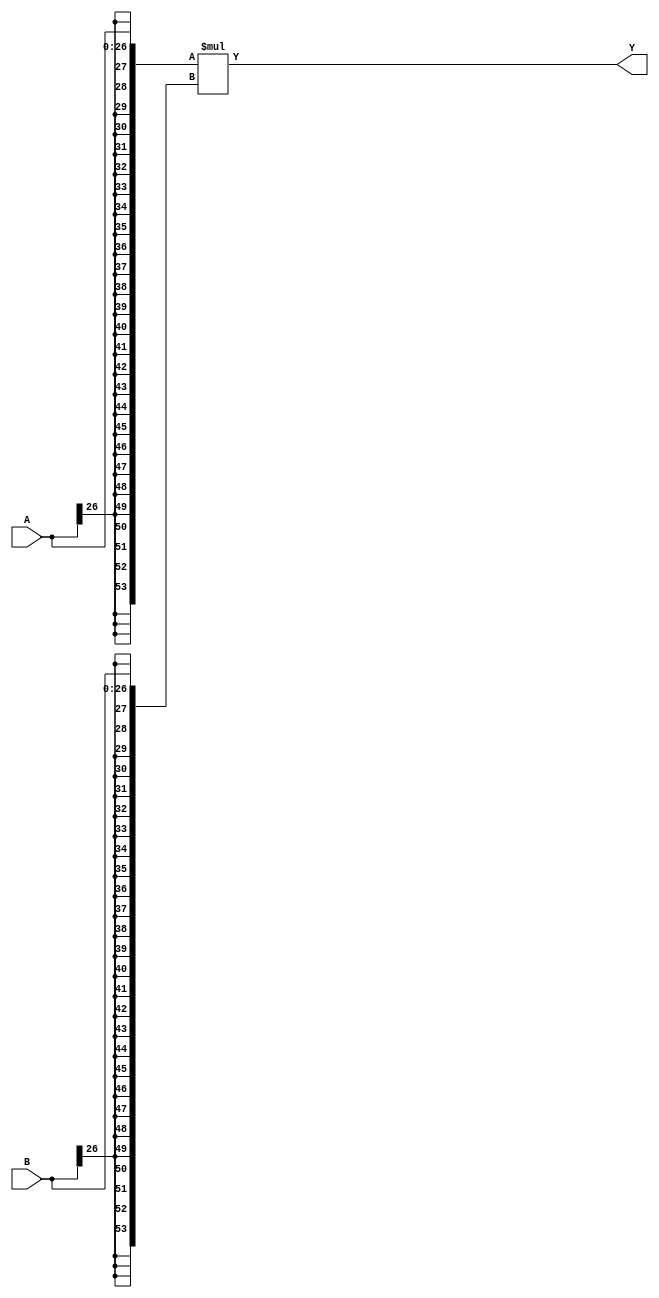
module MISTRAL_MUL27X27(input [26:0] A, input [26:0] B, output [53:0] Y);

parameter A_SIGNED = 1;
parameter B_SIGNED = 1;

// TODO: Cyclone 10 GX timings; the below are for Cyclone V
specify
    (A *> Y) = 3732;
    (B *> Y) = 3928;
endspecify

wire [53:0] A_, B_;

if (A_SIGNED)
    assign A_ = $signed(A);
else
    assign A_ = $unsigned(A);

if (B_SIGNED)
    assign B_ = $signed(B);
else
    assign B_ = $unsigned(B);

assign Y = A_ * B_;

endmodule